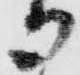
御